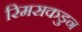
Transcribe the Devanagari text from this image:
रिमसकडुन